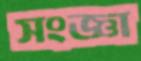
সংজ্ঞা